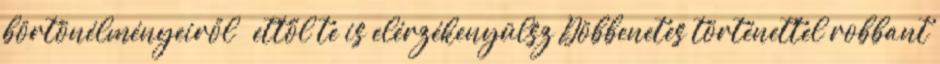
börtönélményeiről – ettől te is elérzékenyülsz Döbbenetes történettel robbant